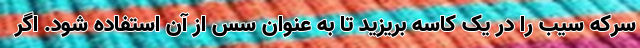
سرکه سیب را در یک کاسه بریزید تا به عنوان سس از آن استفاده شود. اگر